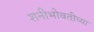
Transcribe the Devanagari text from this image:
शनीभोवतीच्या